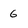
Character: 6